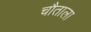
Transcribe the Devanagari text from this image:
चौताला